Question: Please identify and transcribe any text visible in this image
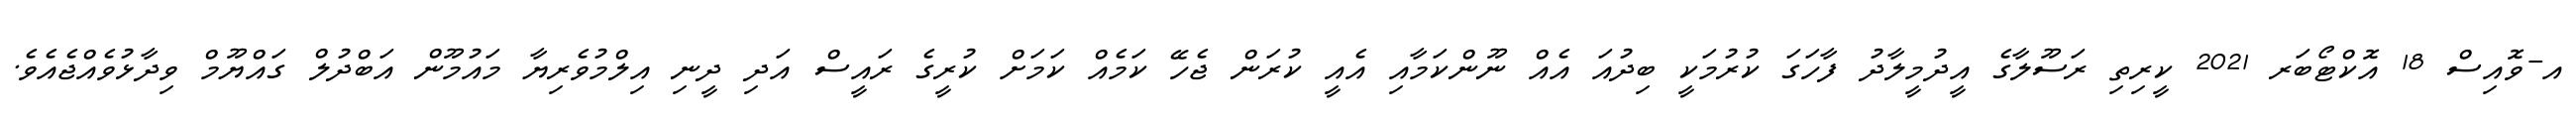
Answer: އ-ވޮއިސް 18 އޮކްޓޯބަރ 2021 ކީރިތި ރަސޫލާގެ އީދުމީލާދު ފާހަގަ ކުރުމަކީ ބިދުއަ އެއް ނޫންކަމާއި އެއީ ކުރަން ޖެހޭ ކަމެއް ކަމަށް ކުރީގެ ރައީސް އަދި ދީނި އިލްމުވެރިޔާ މައުމޫން އަބްދުލް ގައްޔޫމް ވިދާޅުވެއްޖެއެވެ.